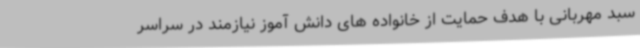
سبد مهربانی با هدف حمایت از خانواده های دانش آموز نیازمند در سراسر